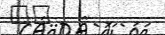
٥١